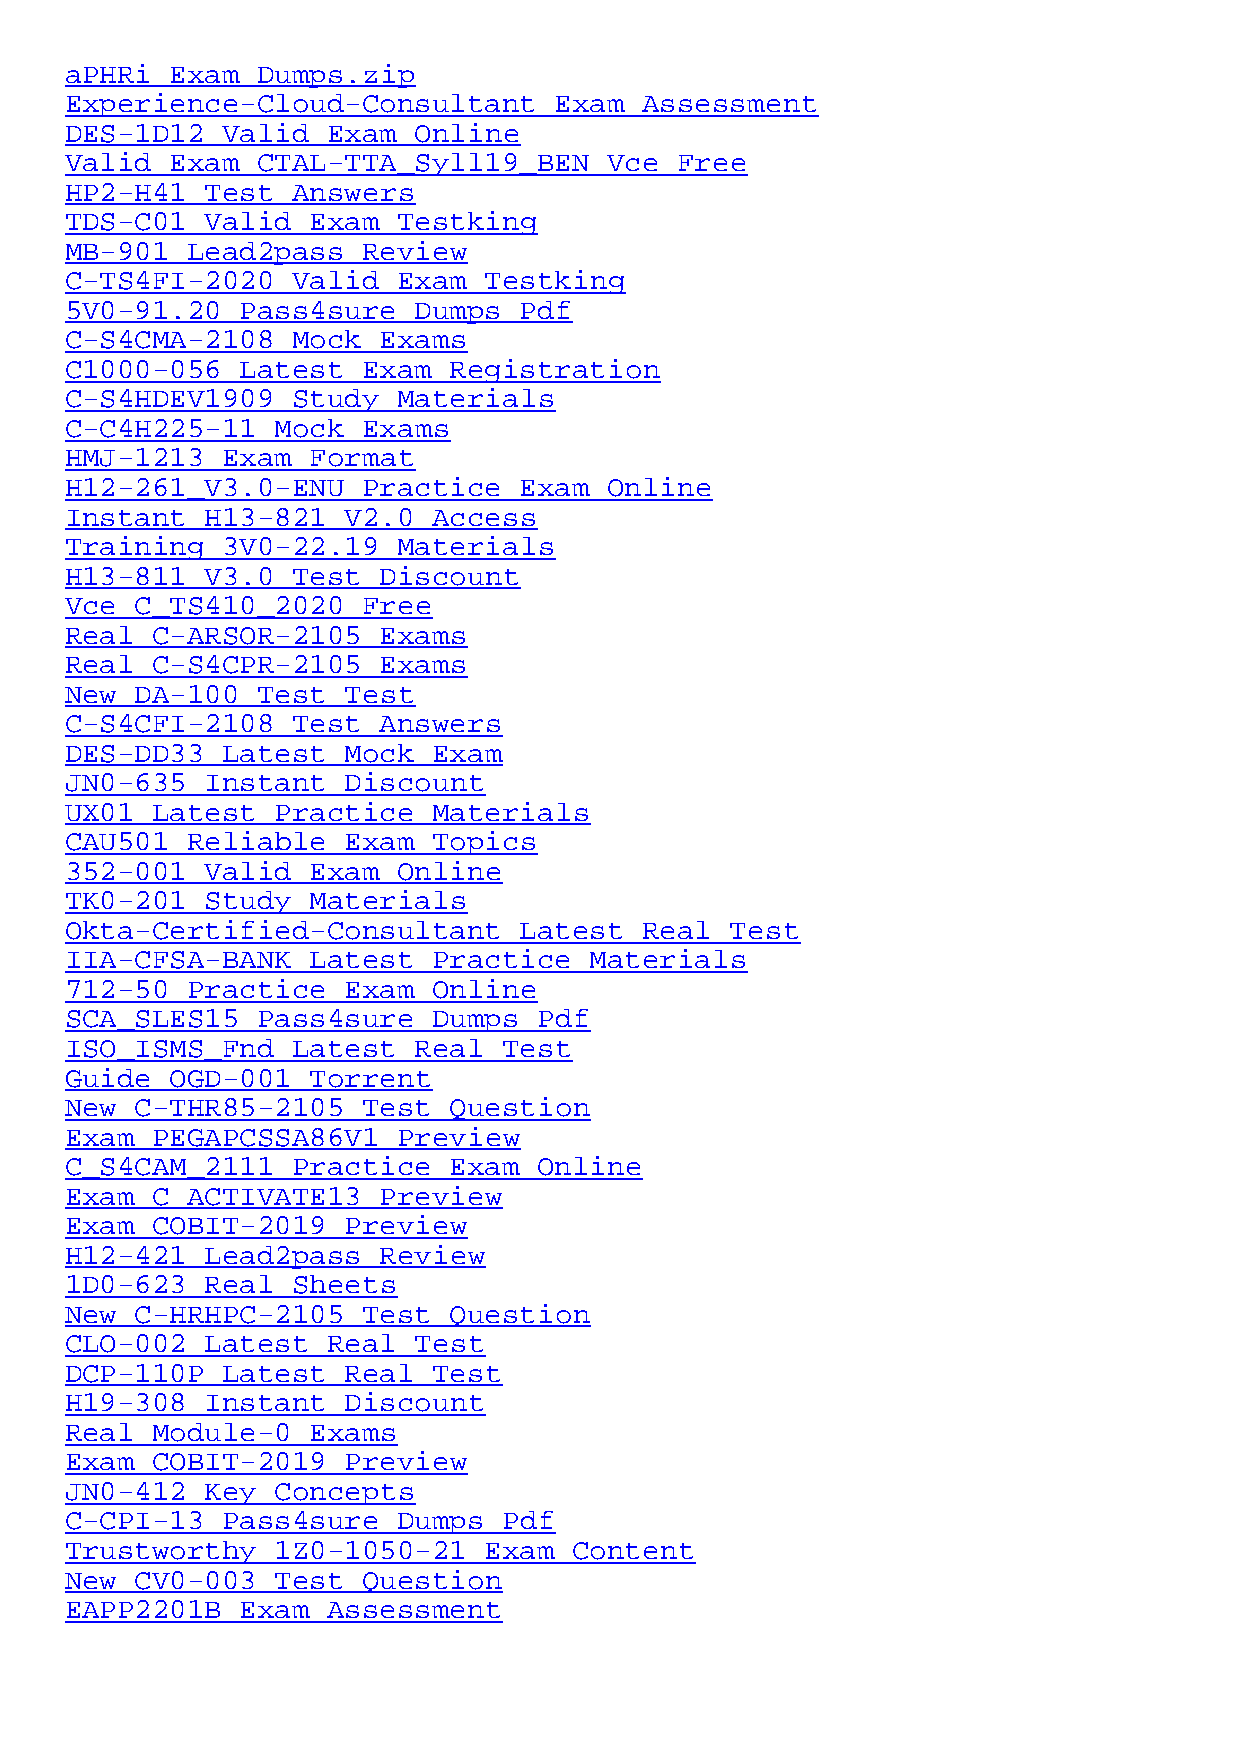
aPHRi  Exam  Dumps.zip
 Experience-Cloud-Consultant      Exam  Assessment
 DES-1D12   Valid  Exam Online
 Valid  Exam  CTAL-TTA_Syll19_BEN    Vce  Free
 HP2-H41   Test Answers
 TDS-C01   Valid  Exam Testking
 MB-901  Lead2pass   Review
 C-TS4FI-2020   Valid  Exam  Testking
 5V0-91.20   Pass4sure  Dumps  Pdf
 C-S4CMA-2108   Mock  Exams
 C1000-056   Latest  Exam  Registration
 C-S4HDEV1909   Study  Materials
 C-C4H225-11   Mock  Exams
 HMJ-1213   Exam  Format
 H12-261_V3.0-ENU    Practice  Exam  Online
 Instant   H13-821_V2.0   Access
 Training   3V0-22.19  Materials
 H13-811_V3.0   Test  Discount
 Vce  C_TS410_2020   Free
 Real  C-ARSOR-2105   Exams
 Real  C-S4CPR-2105   Exams
 New  DA-100  Test  Test
 C-S4CFI-2108   Test  Answers
 DES-DD33   Latest  Mock  Exam
 JN0-635   Instant  Discount
 UX01  Latest  Practice   Materials
 CAU501  Reliable   Exam  Topics
 352-001   Valid  Exam Online
 TK0-201   Study  Materials
 Okta-Certified-Consultant     Latest   Real Test
 IIA-CFSA-BANK    Latest  Practice  Materials
 712-50  Practice   Exam  Online
 SCA_SLES15   Pass4sure   Dumps  Pdf
 ISO_ISMS_Fnd   Latest  Real  Test
 Guide  OGD-001   Torrent
 New  C-THR85-2105   Test  Question
 Exam  PEGAPCSSA86V1   Preview
 C_S4CAM_2111   Practice   Exam  Online
 Exam  C_ACTIVATE13   Preview
 Exam  COBIT-2019   Preview
 H12-421   Lead2pass  Review
 1D0-623   Real Sheets
 New  C-HRHPC-2105   Test  Question
 CLO-002   Latest  Real Test
 DCP-110P   Latest  Real  Test
 H19-308   Instant  Discount
 Real  Module-0   Exams
 Exam  COBIT-2019   Preview
 JN0-412   Key Concepts
 C-CPI-13   Pass4sure  Dumps  Pdf
 Trustworthy   1Z0-1050-21   Exam  Content
 New  CV0-003  Test  Question
 EAPP2201B   Exam  Assessment